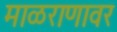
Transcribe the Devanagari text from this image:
माळराणावर